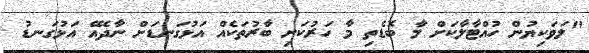
"ލަވަކިޔުން ހުއްޓާލާކަށް މާ ބޮޑެތި މާ ހަރުކަށި ބާރުތަކެއް އަޅުގަނޑަށް ނާދެއޭ އަޅުގަނޑު